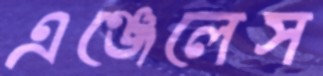
এঞ্জেলেস